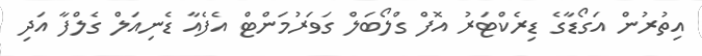
އިތުރުން އަގޯޑާގެ ޑިރެކްޓަރު އޮފް ގްލޯބަލް ގަވަރުމަންޓް އެފެއާ ޑެނިއަލް ގެލްފާ އަދި